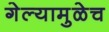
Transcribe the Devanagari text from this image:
गेल्यामुळेच